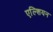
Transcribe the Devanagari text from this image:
एल्शियन